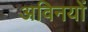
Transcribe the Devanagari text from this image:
अविनयों